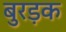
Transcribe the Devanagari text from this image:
बुरड़क